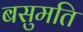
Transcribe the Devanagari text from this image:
बसुमति